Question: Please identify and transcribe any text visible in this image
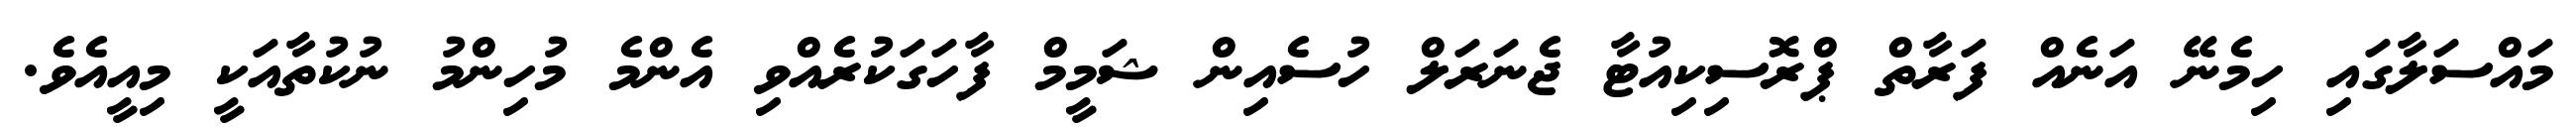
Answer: މައްސަލާގައި ހިމެނޭ އަނެއް ފަރާތް ޕްރޮސިކިއުޓާ ޖެނަރަލް ހުސެއިން ޝަމީމް ފާހަގަކުރެއްވި އެންމެ މުހިންމު ނުކުތާއަކީ މިއީއެވެ.